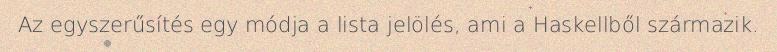
Az egyszerűsítés egy módja a lista jelölés, ami a Haskellből származik.